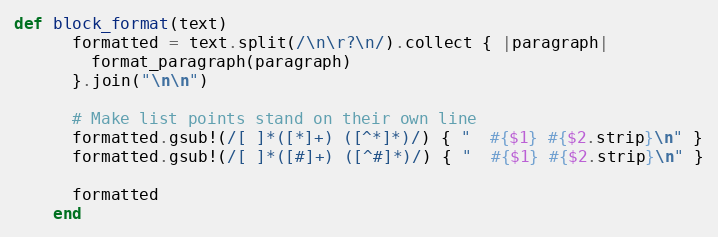
Language: Ruby
def block_format(text)
      formatted = text.split(/\n\r?\n/).collect { |paragraph|
        format_paragraph(paragraph)
      }.join("\n\n")

      # Make list points stand on their own line
      formatted.gsub!(/[ ]*([*]+) ([^*]*)/) { "  #{$1} #{$2.strip}\n" }
      formatted.gsub!(/[ ]*([#]+) ([^#]*)/) { "  #{$1} #{$2.strip}\n" }

      formatted
    end